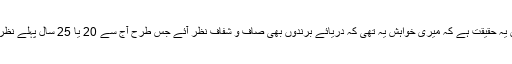
لیکن پھر 2، 4 دن گزرنے کے بعد سوچا کہ صحافی کا کام خواہش کو خبر بنانا تو نہیں ہوتا، ہاں یہ حقیقت ہے کہ میری خواہش یہ تھی کہ دریائے برندوں بھی صاف و شفاف نظر آئے جس طرح آج سے 20 یا 25 سال پہلے نظر آتی تھی لیکن اگر ایسا نہیں ہوا تو اس کا مطلب یہ تو نہیں کہ اس حوالے سے کچھ لکھا نہ جائے۔